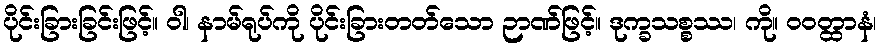
ပိုင်းခြားခြင်းဖြင့်။ ဝါ၊ နာမ်ရုပ်ကို ပိုင်းခြားတတ်သော ဉာဏ်ဖြင့်။ ဒုက္ခသစ္စဿ၊ ကို။ ဝဝတ္ထာနံ၊